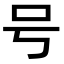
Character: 号